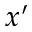
x ^ { \prime }